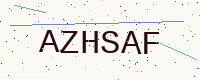
Text: AZHSAF